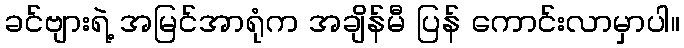
ခင်ဗျားရဲ့ အမြင်အာရုံက အချိန်မီ ပြန် ကောင်းလာမှာပါ။